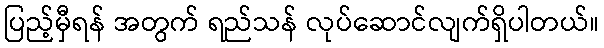
ပြည့်မှီရန် အတွက် ရည်သန် လုပ်ဆောင်လျက်ရှိပါတယ်။